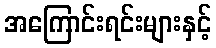
အကြောင်းရင်းများနှင့်